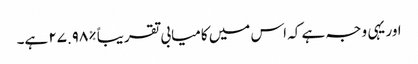
اور یہی وجہ ہے کہ اس میں کامیابی تقریباً %٢٧.٩٨ ہے۔